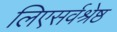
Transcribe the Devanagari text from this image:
लिएसर्वश्रेष्ठ